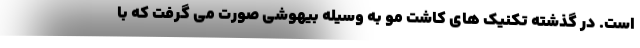
است. در گذشته تکنیک های کاشت مو به وسیله بیهوشی صورت می گرفت که با